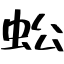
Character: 蚣